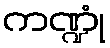
ကဏ္ဍုံ